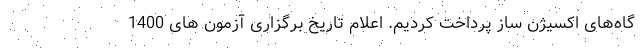
گاه‌های اکسیژن ساز پرداخت کردیم. اعلام تاریخ برگزاری آزمون های 1400